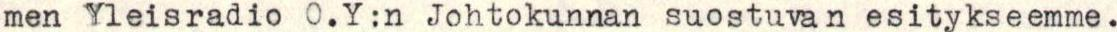
men Yleisradio O.Y:n Johtokunnan suostuvan esitykseemme.